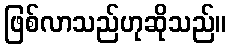
ဖြစ်လာသည်ဟုဆိုသည်။